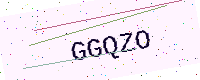
Text: GGQZO